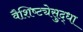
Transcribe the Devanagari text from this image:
वैशिष्ट्येसुद्धा